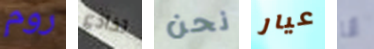
روم تخادع نحن عيار أنا